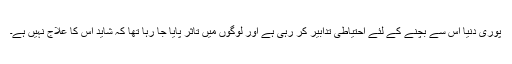
پوری دنیا اس سے بچنے کے لئے احتیاطی تدابیر کر رہی ہے اور لوگوں میں تاثر پایا جا رہا تھا کہ شاید اس کا علاج نہیں ہے۔